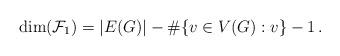
LaTeX: \begin{align*}\dim( \mathcal{F}_1) = |E(G)| - \#\{v \in V(G) : v \} -1 \, .\end{align*}